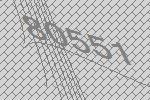
80551